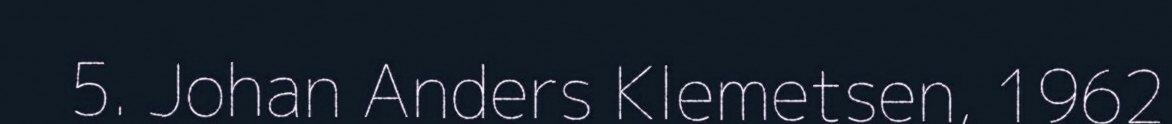
5. Johan Anders Klemetsen, 1962